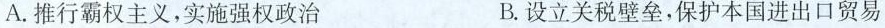
A.推行霸权主义，实施强权政治 B.设立关税壁垒，保护本国进出口贸易